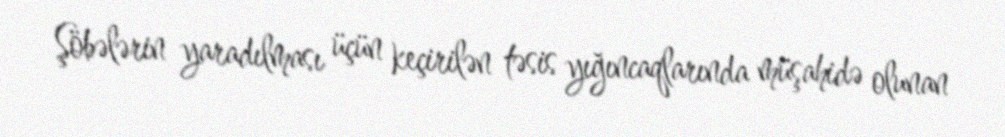
Şöbələrin yaradılması üçün keçirilən təsis yığıncaqlarında müşahidə olunan